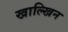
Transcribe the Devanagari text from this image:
खाल्खिन